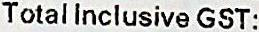
TOTAL INCLUSIVE GST: